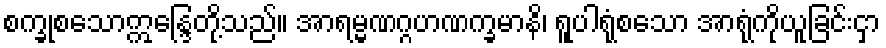
စက္ခုစသောဣန္ဒြေတို့သည်။ အာရမ္မဏဂ္ဂဟဏက္ခမာနိ၊ ရူပါရုံစသော အာရုံကိုယူခြင်းငှာ